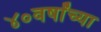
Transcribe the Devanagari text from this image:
४०वर्षांच्या